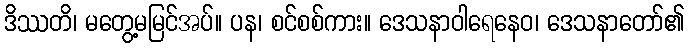
ဒိဿတိ၊ မတွေ့မမြင်အပ်။ ပန၊ စင်စစ်ကား။ ဒေသနာဝါရေနေဝ၊ ဒေသနာတော်၏